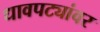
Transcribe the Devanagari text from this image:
धावपट्यांवर